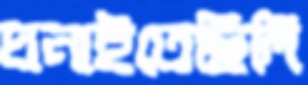
ঘনাইতেছিলি